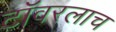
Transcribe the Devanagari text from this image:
टॉवरलाच